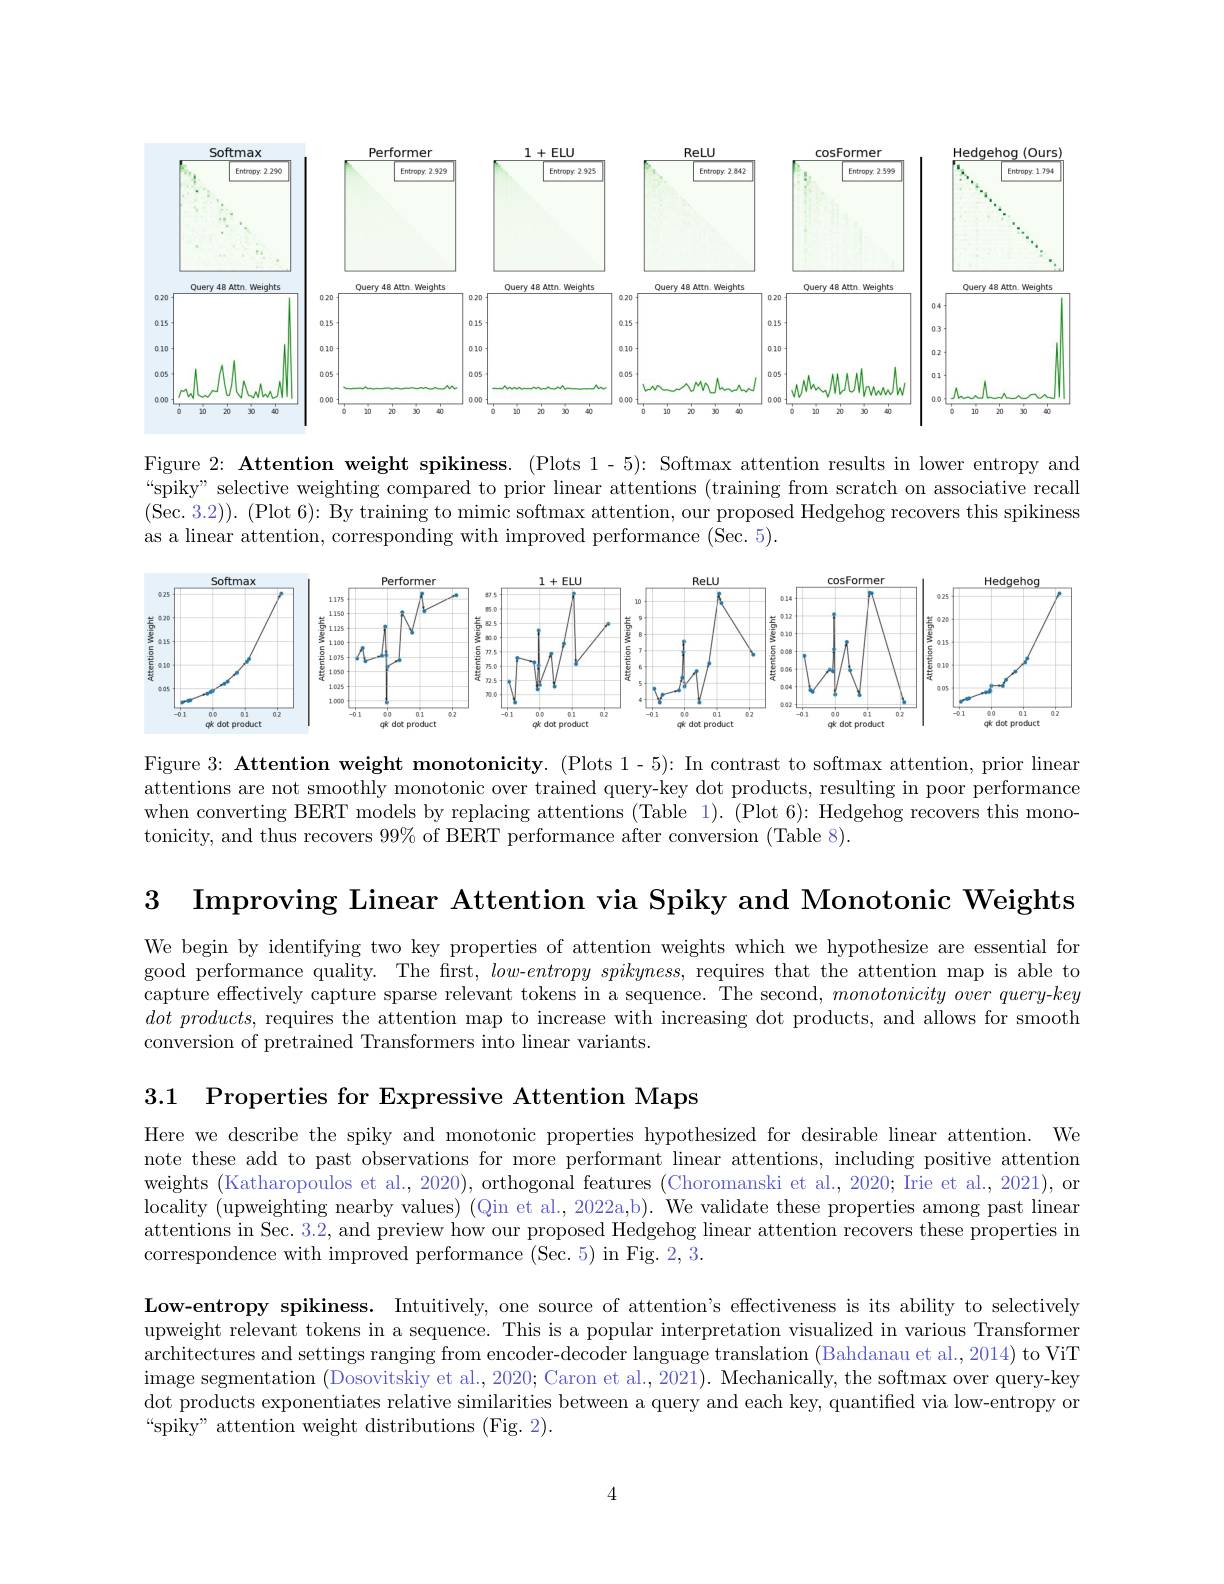
<FigureHere>

Figure 2: Attention weight spikiness. (Plots 1-5): Softmax attention results in lower entropy and “spiky” selective weighting compared to prior linear attentions (training from scratch on associative recall (Sec. 3.2)). (Plot 6): By training to mimic softmax attention, our proposed Hedgehog recovers this spikiness as a linear attention, corresponding with improved performance (Sec. 5).

<FigureHere>

Figure 3: Attention weight monotonicity. (Plots 1-5): In contrast to softmax attention, prior linear attentions are not smoothly monotonic over trained query-key dot products, resulting in poor performance when converting BERT models by replacing attentions (Table 1). (Plot 6): Hedgehog recovers this monotonicity, and thus recovers $99\%$ of BERT performance after conversion (Table 8).

3

Improving Linear Attention via Spiky and Monotonic Weights

We begin by identifying two key properties of attention weights which we hypothesize are essential for good performance quality. The first, low-$entropyspikyness$, requires that the attention map is able to capture effectively capture sparse relevant tokens in a sequence. The second, monotonicity over query-key $dotproducts$, requires the attention map to increase with increasing dot products, and allows for smooth conversion of pretrained Transformers into linear variants.

3.1 Properties for Expressive Attention Maps

Here we describe the spiky and monotonic properties hypothesized for desirable linear attention. We note these add to past observations for more performant linear attentions, including positive attention weights (Katharopoulos et al., 2020), orthogonal features (Choromanski et al., 2020; Irie et al., 2021), or locality (upweighting nearby values) (Qin et al., 2022a,b). We validate these properties among past linear attentions in Sec. 3, and preview how our proposed Hedgehog linear attention recovers these properties in correspondence with improved performance (Sec. 5) in Fig. 2, 3.

Low-entropy spikiness. Intuitively, one source of attention's effectiveness is its ability to selectively upweight relevant tokens in a sequence. This is a popular interpretation visualized in various Transformer architectures and settings ranging from encoder-decoder language translation (Bahdanau et al., 2014) to ViT image segmentation ( $\bar{Dosovitskiy et al. , 2020; } \mathrm{Caron~et~al. , \bar {2021}) . ~Mechanically, ~the~softmax~over~query- key}$ dot products exponentiates relative similarities between a query and each key, quantified via low-entropy or “spiky” attention weight distributions (Fig. 2).